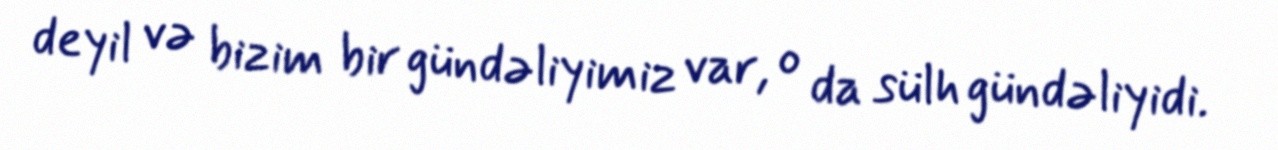
deyil və bizim bir gündəliyimiz var, o da sülh gündəliyidi.